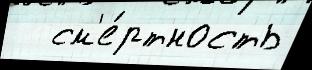
   см'е́ртность